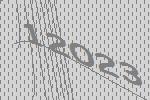
12023